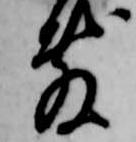
敷